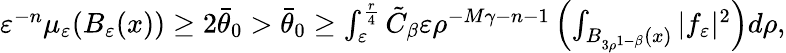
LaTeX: \begin{array}{r}{\varepsilon^{-n}\mu_{\varepsilon}(B_{\varepsilon}(x))\geq 2\bar{\theta}_{0}>\bar{\theta}_{0}\geq\int_{\varepsilon}^{\frac{r}{4}}\tilde{C}_{\beta}\varepsilon\rho^{-M\gamma-n-1}\left(\int_{B_{3\rho^{1-\beta}}(x)}|f_{\varepsilon}|^{2}\right)d\rho,}\end{array}